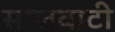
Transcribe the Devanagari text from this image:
सालवाटी